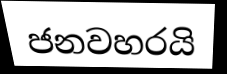
ජනවහරයි